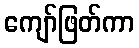
ကျော်ဖြတ်ကာ